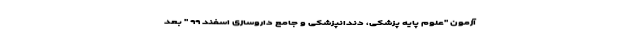
آزمون "علوم پایه پزشکی، دندانپزشکی و جامع داروسازی اسفند ۹۹ " بعد